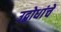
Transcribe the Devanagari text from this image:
उद्बोधांचे